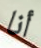
أنا